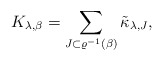
\begin{align*}K_{\lambda,\beta} = \sum_{J\subset \varrho^{-1}(\beta)} \tilde \kappa_{\lambda,J},\end{align*}